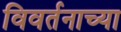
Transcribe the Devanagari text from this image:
विवर्तनाच्या